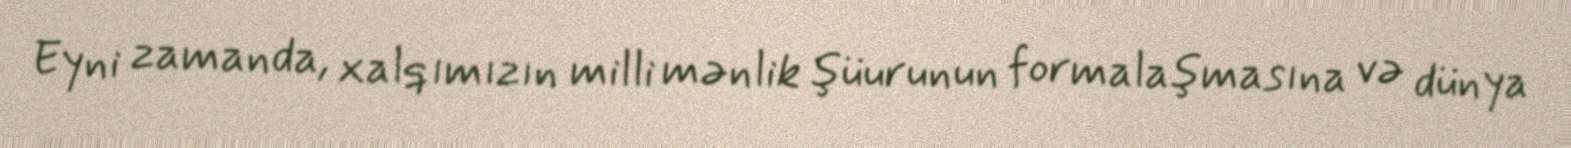
Eyni zamanda, xalqımızın milli mənlik şüurunun formalaşmasına və dünya